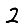
Digit: 2